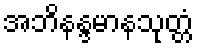
အဘိနန္ဒမာနသုတ္တံ